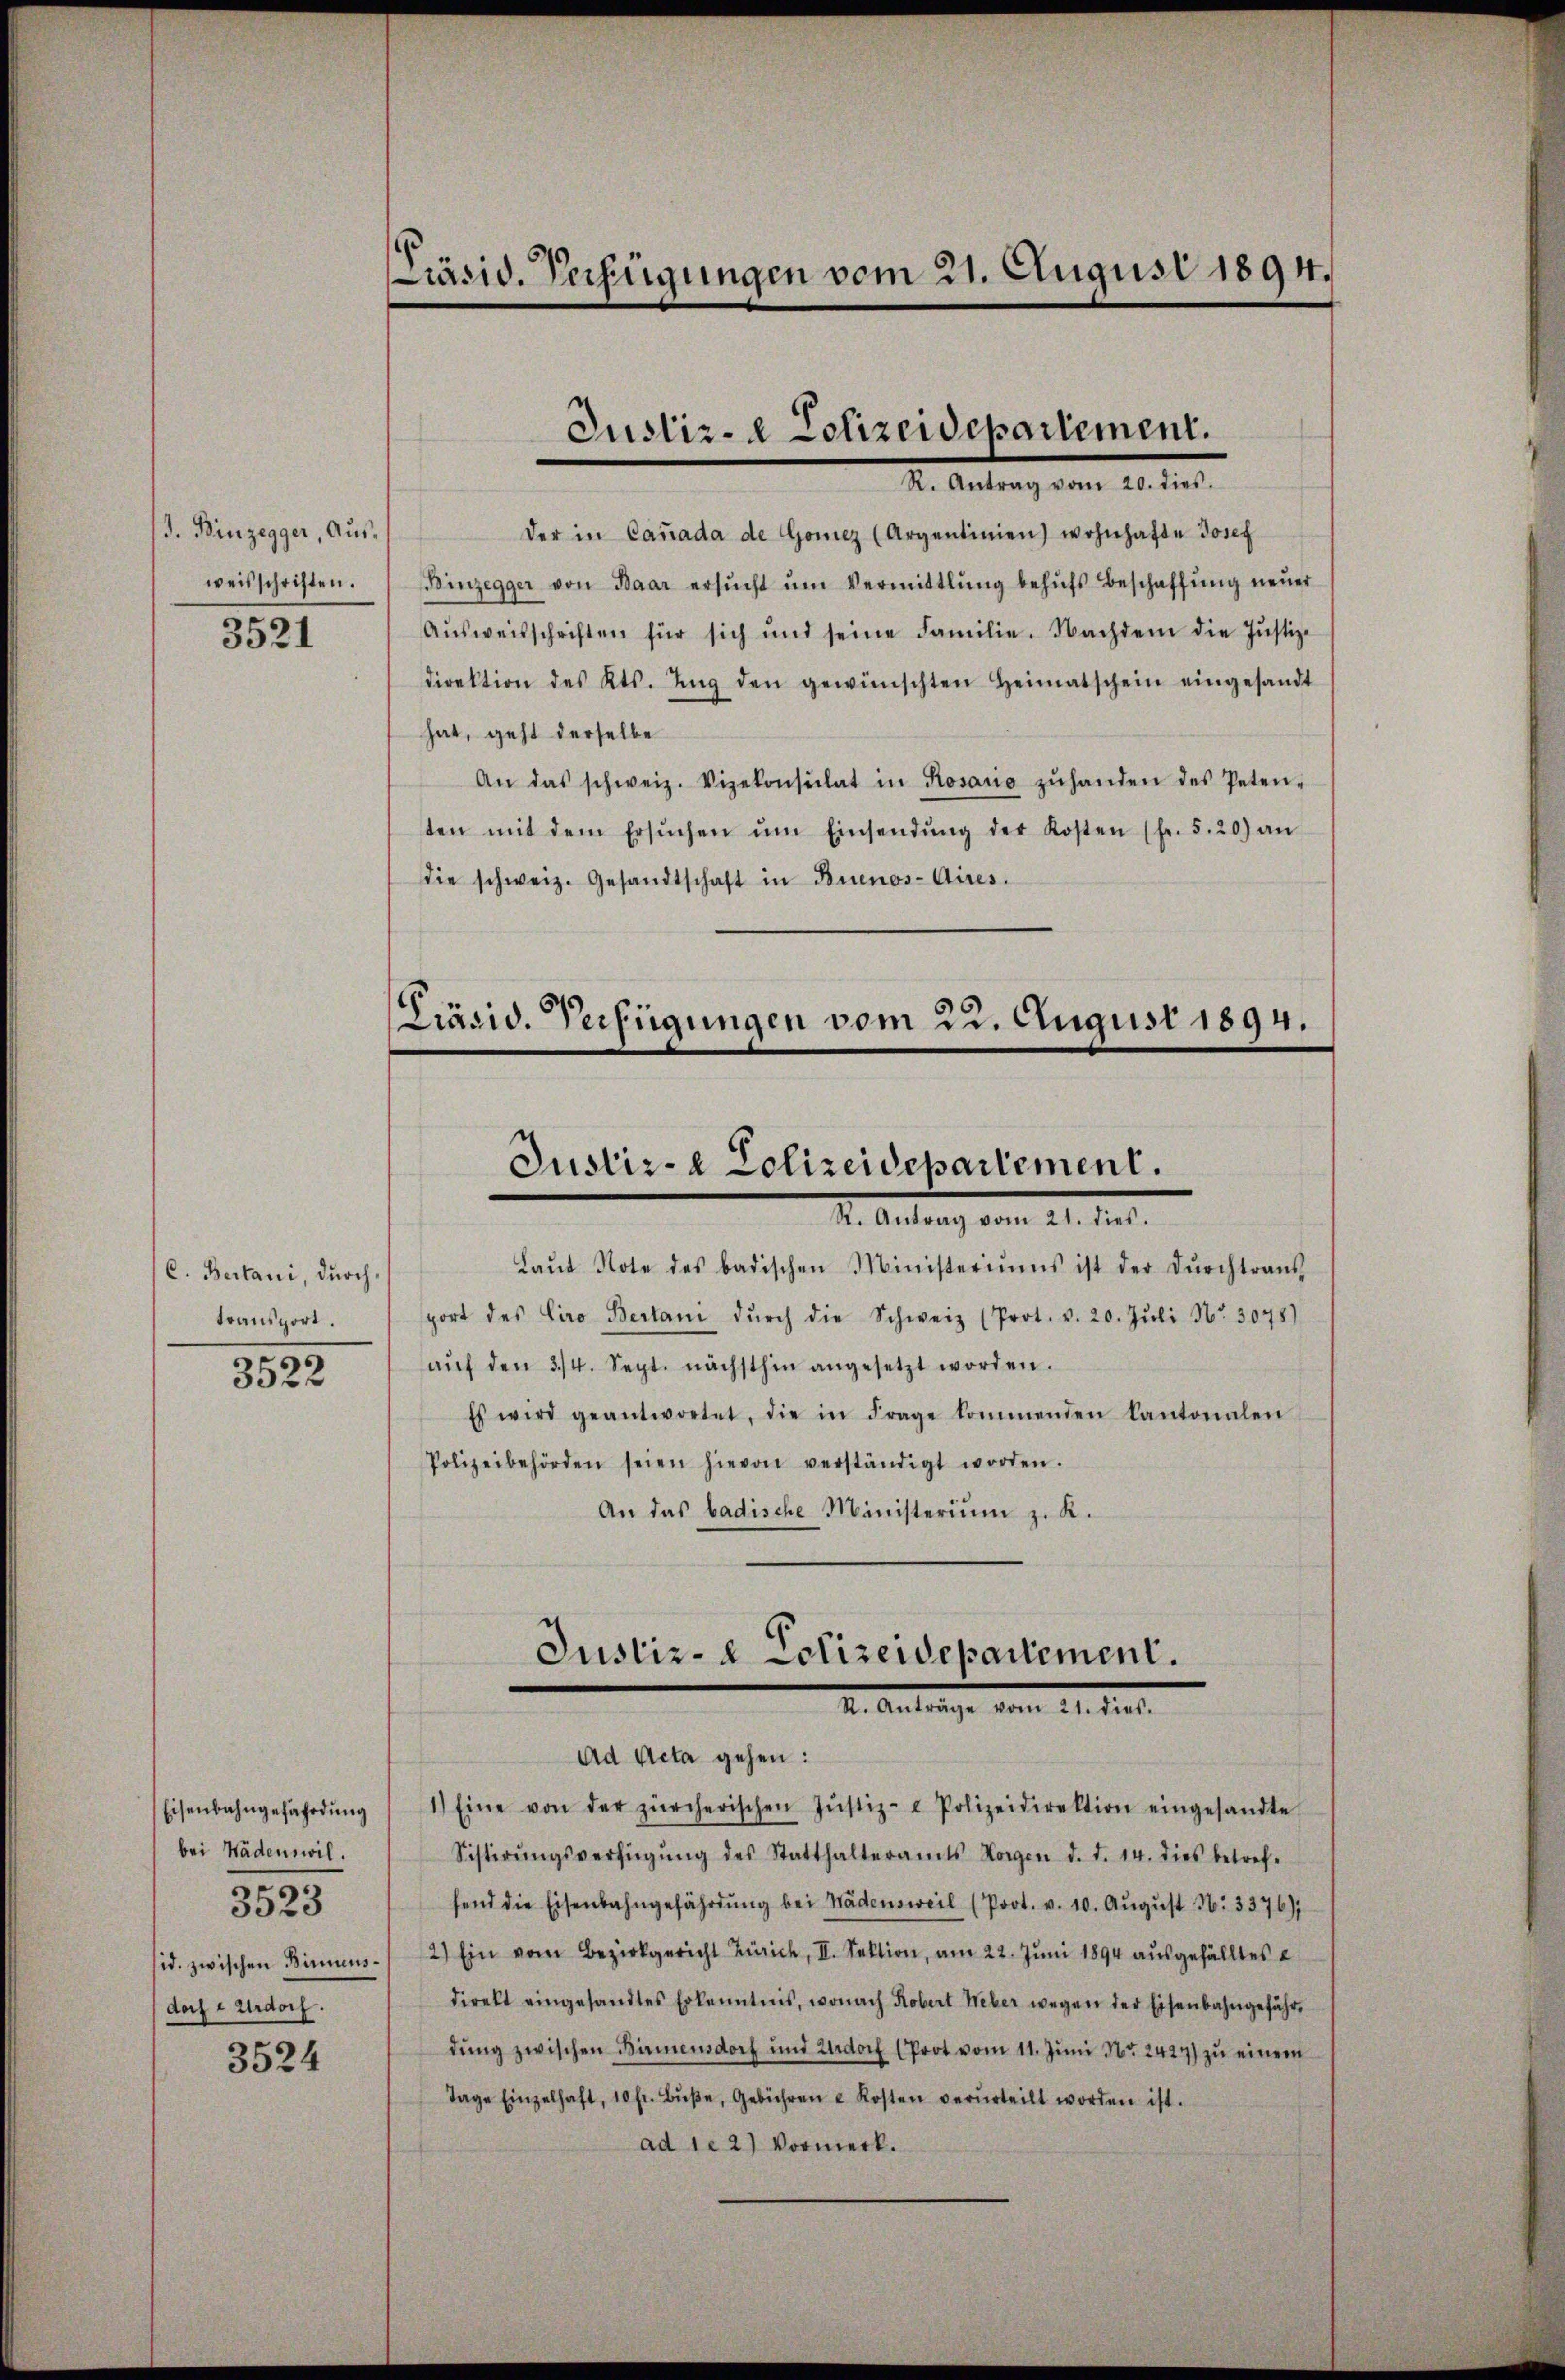
J. Binzegger, Ausweisschriften.
3521

C. Bertani, durchtransport.
3522

Eisenbahngefährdung
bei Wadenswil.
id. zwischen Birmensdoch e Urdorf.

3523

3524

Präsid. Verfügungen vom 21. Augusi 1894.

der in Canada de Gonicz (Argentinien) wohnhafte Josef
Binzegger von Baar ersŭcht ŭm Vermittlung behŭfs Beschaffŭng neŭer
Aŭsweisschriften für sich und seine Familie. Nachdem die Justiz-
direktion des Kts. Ing den gewünschten Heimatschein eingesandt
hat, geht derselbe
An das schweiz. Vizekonsulat in Rosauo zŭhanden des Peten-
ten mit dem Ersŭchen ŭm Einsendŭng der Kosten (fr. 5.20) an
die schweiz. Gesandtschaft in Buenos-Aires.

I. Antrag vom 21. M.
Laŭt Note des badischen Ministeriums ist der Dŭrchtrans
port des Ciro Bertani dŭrch die Schweiz (Prot. v. 20. Jŭli Nr. 3078)
aŭf den 3/4. Sept. nächsthin angesetzt worden.
Es wird geantwortet, die in Frage kommenden Kantonalen
Polizeibehörden seien hievon verständigt worden.
An das badische Ministerium z. K.

Justiz- & Polizeidepartement.
X. Antrag vom 20. dies

Präsid. Verfügungen vom 23. August 1894.
Justiz- & Polizeidepartement.

Justiz- & Cclizeidepartement.
.
Ad Acta gehen:
1.) Eine von der zürcherischen Jŭstiz- & Polizeidirektion eingesandte

Sistirŭngsverfügŭng des Statthalteramts Horgen d. d. 14. dies betref-
fend die Eisenbahngefährtŭng bei Wädensweil (Prot. v. 10. Aŭgŭst N. 3376);
2) Ein vom Bezirkgericht Zürich, II. Sektion, am 22. Juni 1894 ausgefälltes e
direkt eingesandtes Erkenntnis, wonach Robert Weber wegen der Eisenbahngefährdung zwischen Birmensdorf und doch (Prot vom 11. Juni Nr. 2427) zu einem
Tage Einzelhaft, 10 fr. Bŭβe, Gebühren u Kosten verurteilt worden ist.
ad 1. 2) Vormerk.